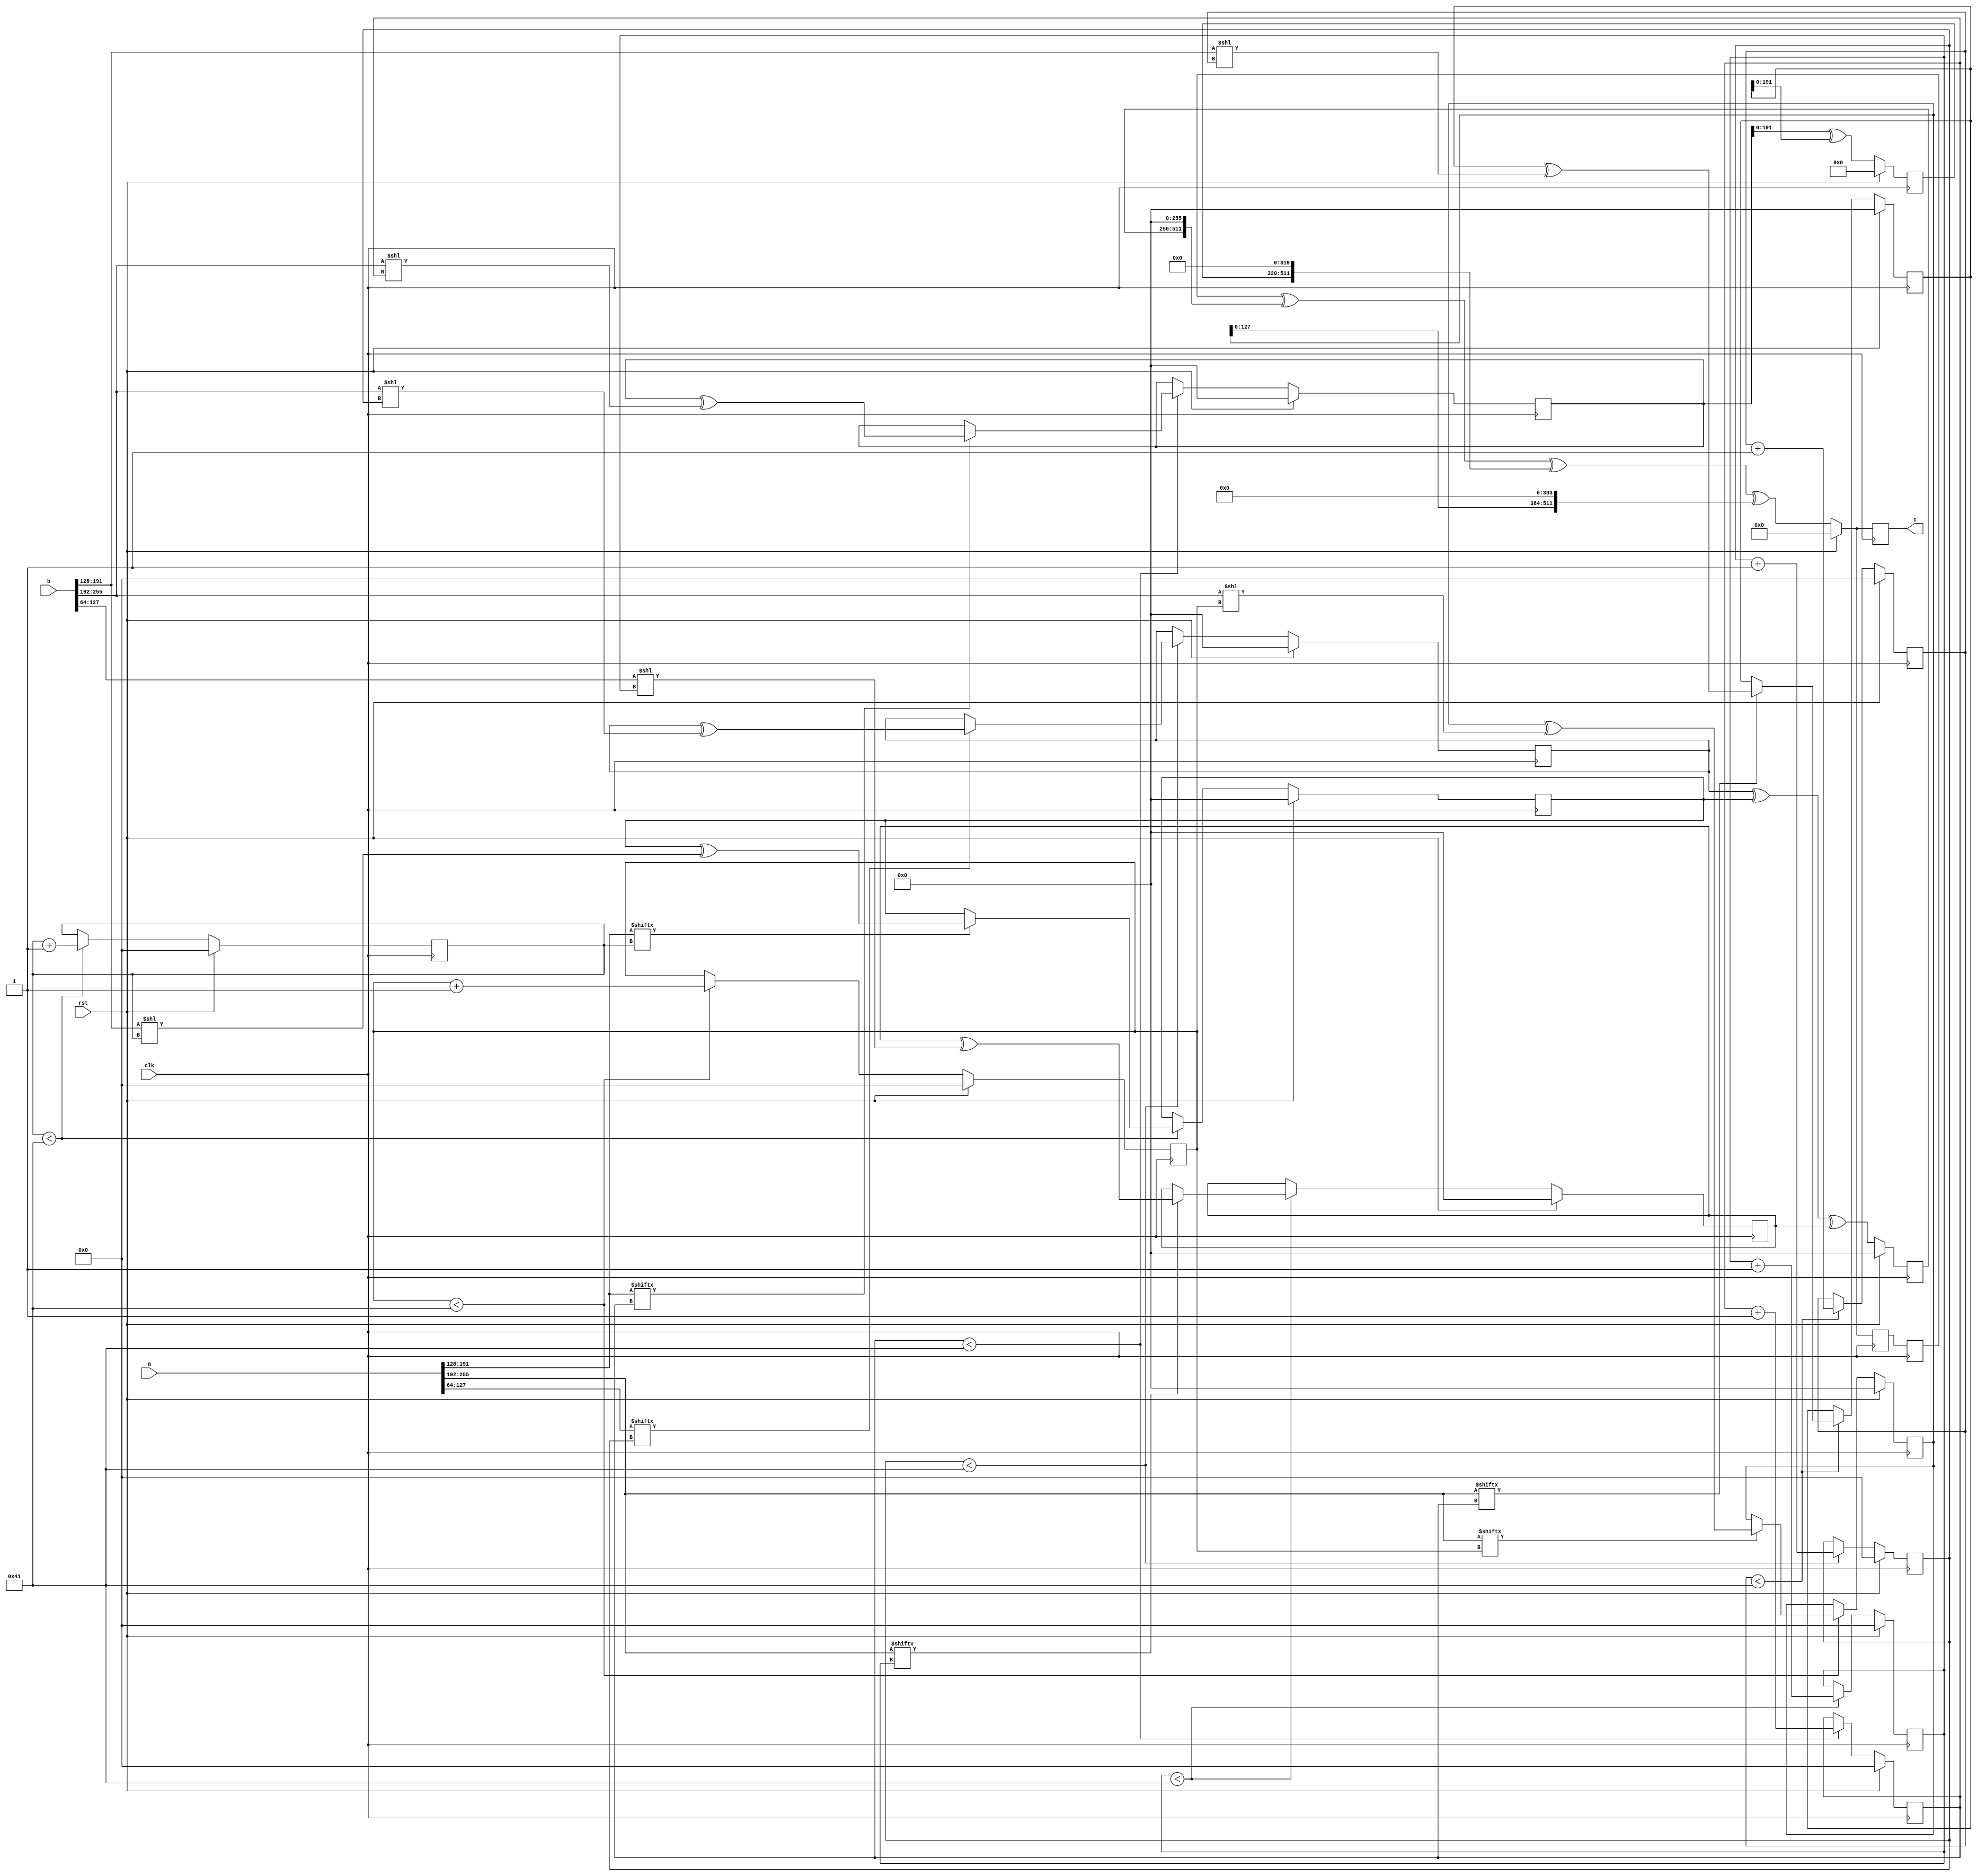
// TalTech large integer multiplier library
// Multiplier type: four_way_toom_cook
// Parameters: 256 256 2
// Target tool: genus
module four_way_toom_cook(clk, rst, a, b, c);
input clk;
input rst;
input [255:0] a;
input [255:0] b;
output reg [511:0] c;

// Pipeline register declaration 
reg [511:0] c_temp_1;

// Wires declaration 
wire  [63:0] a0;
wire  [63:0] a1;
wire  [63:0] a2;
wire  [63:0] a3;
wire  [63:0] b0;
wire  [63:0] b1;
wire  [63:0] b2;
wire  [63:0] b3;

// Registers declaration 
reg  [63:0] counter_d;
reg  [63:0] counter_e1;
reg  [63:0] counter_e2;
reg  [63:0] counter_f1;
reg  [63:0] counter_f2;
reg  [63:0] counter_f3;
reg  [63:0] counter_g1;
reg  [63:0] counter_g2;
reg  [63:0] counter_g3;
reg  [63:0] counter_g4;
reg  [63:0] counter_h1;
reg  [63:0] counter_h2;
reg  [63:0] counter_h3;
reg  [63:0] counter_i1;
reg  [63:0] counter_i2;
reg  [63:0] counter_j;
reg  [255:0] d;
reg  [255:0] e1_mul;
reg  [255:0] e2_mul;
reg  [255:0] e;
reg  [255:0] f1_mul;
reg  [255:0] f2_mul;
reg  [255:0] f3_mul;
reg  [255:0] f;
reg  [255:0] g1_mul;
reg  [255:0] g2_mul;
reg  [255:0] g3_mul;
reg  [255:0] g4_mul;
reg  [255:0] g;
reg  [255:0] h1_mul;
reg  [255:0] h2_mul;
reg  [255:0] h3_mul;
reg  [255:0] h;
reg  [255:0] i1_mul;
reg  [255:0] i2_mul;
reg  [255:0] i;
reg  [255:0] j;
reg  [511:0] temp;

// Initial assignments to wires
assign a0 = a[63:0];
assign a1 = a[127:64];
assign a2 = a[191:128];
assign a3 = a[255:192];
assign b0 = b[63:0];
assign b1 = b[127:64];
assign b2 = b[191:128];
assign b3 = b[255:192];

// Step-1 of 4-Way TCM Multiplier
always @(posedge clk) begin
		if (rst) begin			counter_d <= 64'd0;
			d <= 256'd0;
		end
		else if (counter_d < 65) begin
			if (a3[counter_d] == 1'b1) begin
				d <= d ^ (b3 << counter_d);
				counter_d <= counter_d + 1;
			end
			counter_d <= counter_d + 1;
		end
end

// Step-2 (Part-1) of 4-Way TCM Multiplier
always @(posedge clk) begin
		if (rst) begin
			counter_e1 <= 64'd0;
			e1_mul <= 256'd0;
		end
		else if (counter_e1 < 65) begin
			if (a2[counter_e1] == 1'b1) begin
				e1_mul <= e1_mul ^ (b3 << counter_e1);
				counter_e1 <= counter_e1 + 1;
			end
			counter_e1 <= counter_e1 + 1;
		end
end

// Step-2 (Part-2) of 4-Way TCM Multiplier
always @(posedge clk) begin
		if (rst) begin
			counter_e2 <= 64'd0;
			e2_mul <= 256'd0;
		end
		else if (counter_e2 < 65) begin
			if (a3[counter_e1] == 1'b1) begin
				e2_mul <= e2_mul ^ (b2 << counter_e2);
				counter_e2 <= counter_e2 + 1;
			end
			counter_e2 <= counter_e2 + 1;
		end
end

// Step-2 (Part-3) of 4-Way TCM Multiplier
always @(posedge clk) begin
		if (rst) begin
			e <= 256'd0;
		end
		else begin
			e <= e1_mul ^ e2_mul;
		end
end

// Step-3 (Part-1) of 4-Way TCM Multiplier
always @(posedge clk) begin
		if (rst) begin
			counter_f1 <= 64'd0;
			f1_mul <= 256'd0;
		end
		else if (counter_f1 < 65) begin
			if (a1[counter_f1] == 1'b1) begin
				f1_mul <= f1_mul ^ (b3 << counter_f1);
				counter_f1 <= counter_f1 + 1;
			end
			counter_f1 <= counter_f1 + 1;
		end
end

// Step-3 (Part-2) of 4-Way TCM Multiplier
always @(posedge clk) begin
		if (rst) begin
			counter_f2 <= 64'd0;
			f2_mul <= 256'd0;
		end
		else if (counter_f2 < 65) begin
			if (a2[counter_f2] == 1'b1) begin
				f2_mul <= f2_mul ^ (b2 << counter_f2);
				counter_f2 <= counter_f2 + 1;
			end
			counter_f2 <= counter_f2 + 1;
		end
end

// Step-3 (Part-3) of 4-Way TCM Multiplier
always @(posedge clk) begin
		if (rst) begin
			counter_f3 <= 64'd0;
			f3_mul <= 256'd0;
		end
		else if (counter_f3 < 65) begin
			if (a3[counter_f3] == 1'b1) begin
				f3_mul <= f3_mul ^ (b1 << counter_f3);
				counter_f3 <= counter_f3 + 1;
			end
			counter_f3 <= counter_f3 + 1;
		end
end

// Step-3 (Part-4) of 4-Way TCM Multiplier
always @(posedge clk) begin
		if (rst) begin
			f <= 256'd0;
		end
		else begin
			f <= f1_mul ^ f2_mul ^ f3_mul;
		end
end

// Step-4 (Part-1) of 4-Way TCM Multiplier
always @(posedge clk) begin
		if (rst) begin
			counter_g1 <= 64'd0;
			g1_mul <= 256'd0;
		end
		else if (counter_g1 < 65) begin
			if (a0[counter_g1] == 1'b1) begin
				g1_mul <= g1_mul ^ (b3 << counter_g1);
				counter_g1 <= counter_g1 + 1;
			end
			counter_g1 <= counter_g1 + 1;
		end
end

// Step-4 (Part-2) of 4-Way TCM Multiplier
always @(posedge clk) begin
		if (rst) begin
			counter_g2 <= 64'd0;
			g2_mul <= 256'd0;
		end
		else if (counter_g2 < 65) begin
			if (a1[counter_g2] == 1'b1) begin
				g2_mul <= g2_mul ^ (b2 << counter_g2);
				counter_g2 <= counter_g2 + 1;
			end
			counter_g2 <= counter_g2 + 1;
		end
end

// Step-4 (Part-3) of 4-Way TCM Multiplier
always @(posedge clk) begin
		if (rst) begin
			counter_g3 <= 64'd0;
			g3_mul <= 256'd0;
		end
		else if (counter_g3 < 65) begin
			if (a2[counter_g3] == 1'b1) begin
				g3_mul <= g3_mul ^ (b1 << counter_g3);
				counter_g3 <= counter_g3 + 1;
			end
			counter_g3 <= counter_g3 + 1;
		end
end

// Step-4 (Part-4) of 4-Way TCM Multiplier
always @(posedge clk) begin
		if (rst) begin
			counter_g4 <= 64'd0;
			g4_mul <= 256'd0;
		end
		else if (counter_g4 < 65) begin
			if (a3[counter_g4] == 1'b1) begin
				g4_mul <= g4_mul ^ (b0 << counter_g4);
				counter_g4 <= counter_g4 + 1;
			end
			counter_g4 <= counter_g4 + 1;
		end
end

// Step-4 (Part-5) of 4-Way TCM Multiplier
always @(posedge clk) begin
		if (rst) begin
			g <= 256'd0;
		end
		else begin
			g <= g1_mul ^ g2_mul ^ g3_mul ^ g4_mul;
		end
end

// Step-5 (Part-1) of 4-Way TCM Multiplier
always @(posedge clk) begin
		if (rst) begin
			counter_h1 <= 64'd0;
			h1_mul <= 256'd0;
		end
		else if (counter_h1 < 65) begin
			if (a0[counter_h1] == 1'b1) begin
				h1_mul <= h1_mul ^ (b2 << counter_h1);
				counter_h1 <= counter_h1 + 1;
			end
			counter_h1 <= counter_h1 + 1;
		end
end

// Step-5 (Part-2) of 4-Way TCM Multiplier
always @(posedge clk) begin
		if (rst) begin
			counter_h2 <= 64'd0;
			h2_mul <= 256'd0;
		end
		else if (counter_h2 < 65) begin
			if (a1[counter_h2] == 1'b1) begin
				h2_mul <= h2_mul ^ (b1 << counter_h2);
				counter_h2 <= counter_h2 + 1;
			end
			counter_h2 <= counter_h2 + 1;
		end
end

// Step-5 (Part-3) of 4-Way TCM Multiplier
always @(posedge clk) begin
		if (rst) begin
			counter_h3 <= 64'd0;
			h3_mul <= 256'd0;
		end
		else if (counter_h3 < 65) begin
			if (a2[counter_h3] == 1'b1) begin
				h3_mul <= h3_mul ^ (b0 << counter_h3);
				counter_h3 <= counter_h3 + 1;
			end
			counter_h3 <= counter_h3 + 1;
		end
end

// Step-5 (Part-4) of 4-Way TCM Multiplier
always @(posedge clk) begin
		if (rst) begin
			h <= 256'd0;
		end
		else begin
			h <= h1_mul ^ h2_mul ^ h3_mul;
		end
end

// Step-6 (Part-1) of 4-Way TCM Multiplier
always @(posedge clk) begin
		if (rst) begin
			counter_i1 <= 64'd0;
			i1_mul <= 256'd0;
		end
		else if (counter_i1 < 65) begin
			if (a0[counter_i1] == 1'b1) begin
				i1_mul <= i2_mul ^ (b1 << counter_i1);
				counter_i1 <= counter_i1 + 1;
			end
			counter_i1 <= counter_i1 + 1;
		end
end

// Step-6 (Part-2) of 4-Way TCM Multiplier
always @(posedge clk) begin
		if (rst) begin
			counter_i2 <= 64'd0;
			i2_mul <= 256'd0;
		end
		else if (counter_i2 < 65) begin
			if (a1[counter_i2] == 1'b1) begin
				i2_mul <= i2_mul ^ (b0 << counter_i2);
				counter_i2 <= counter_i2 + 1;
			end
			counter_i2 <= counter_i2 + 1;
		end
end

// Step-6 (Part-3) of 4-Way TCM Multiplier
always @(posedge clk) begin
		if (rst) begin
			i <= 256'd0;
		end
		else begin
			i <= i1_mul ^ i2_mul;
		end
end

// Step-7 of 4-Way TCM Multiplier
always @(posedge clk) begin
		if (rst) begin
			counter_j = 64'd0;
			j = 256'd0;
		end
		else if (counter_j < 65) begin
			if (a0[counter_j] == 1'b1) begin
				j = j ^ (b0 << counter_j);
				counter_j = counter_j + 1;
			end
			counter_j = counter_j + 1;
		end
end

// Step-8 of 4-Way TCM Multiplier
always @(posedge clk) begin
		if (rst) begin
			temp = 512'd0;
			c = 512'd0;
		end
		else begin
			temp = j;
			temp = temp ^ (i << 64);
			temp = temp ^ (h << 128);
			temp = temp ^ (g << 192);
			temp = c_temp_1 ^ (f << 256);
			temp = temp ^ (e << 320);
			temp = temp ^ (d << 384);
			c = temp;
		end
end

// pipeline stages
always @(posedge clk) begin
	c_temp_1 <= temp;
end
endmodule